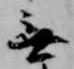
無